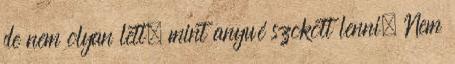
de nem olyan lett, mint anyué szokott lenni. Nem